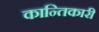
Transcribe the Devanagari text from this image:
कान्तिकारी